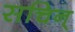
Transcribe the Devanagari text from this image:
सचिन्